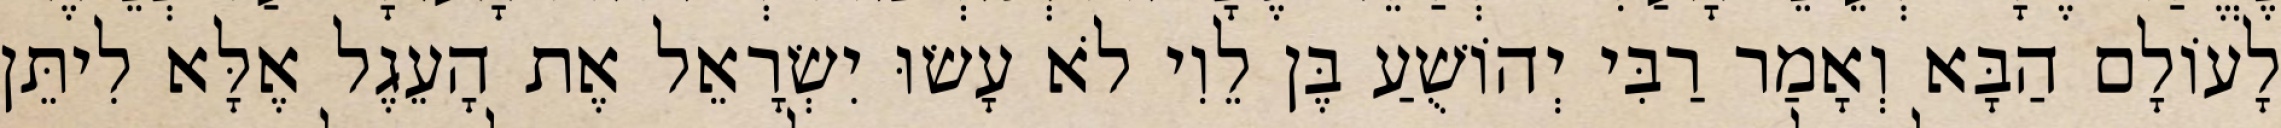
לָעוֹלָם הַבָּא וְאָמַר רַבִּי יְהוֹשֻׁעַ בֶּן לֵוִי לֹא עָשׂוּ יִשְׂרָאֵל אֶת הָעֵגֶל אֶלָּא לִיתֵּן